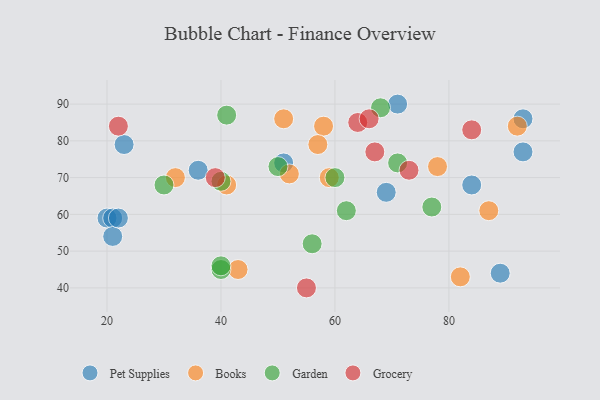
{"axis": {"x": "GDP", "y": "Life Expectancy"}, "legend": ["Books", "Garden", "Grocery", "Pet Supplies"], "data": [{"x": "23", "y": 79, "type": "Pet Supplies"}, {"x": "20", "y": 59, "type": "Pet Supplies"}, {"x": "71", "y": 90, "type": "Pet Supplies"}, {"x": "69", "y": 66, "type": "Pet Supplies"}, {"x": "89", "y": 44, "type": "Pet Supplies"}, {"x": "21", "y": 59, "type": "Pet Supplies"}, {"x": "51", "y": 74, "type": "Pet Supplies"}, {"x": "84", "y": 68, "type": "Pet Supplies"}, {"x": "21", "y": 54, "type": "Pet Supplies"}, {"x": "93", "y": 86, "type": "Pet Supplies"}, {"x": "93", "y": 77, "type": "Pet Supplies"}, {"x": "22", "y": 59, "type": "Pet Supplies"}, {"x": "36", "y": 72, "type": "Pet Supplies"}, {"x": "52", "y": 71, "type": "Books"}, {"x": "41", "y": 68, "type": "Books"}, {"x": "82", "y": 43, "type": "Books"}, {"x": "78", "y": 73, "type": "Books"}, {"x": "58", "y": 84, "type": "Books"}, {"x": "32", "y": 70, "type": "Books"}, {"x": "92", "y": 84, "type": "Books"}, {"x": "87", "y": 61, "type": "Books"}, {"x": "51", "y": 86, "type": "Books"}, {"x": "43", "y": 45, "type": "Books"}, {"x": "59", "y": 70, "type": "Books"}, {"x": "57", "y": 79, "type": "Books"}, {"x": "40", "y": 45, "type": "Garden"}, {"x": "40", "y": 46, "type": "Garden"}, {"x": "41", "y": 87, "type": "Garden"}, {"x": "68", "y": 89, "type": "Garden"}, {"x": "56", "y": 52, "type": "Garden"}, {"x": "60", "y": 70, "type": "Garden"}, {"x": "62", "y": 61, "type": "Garden"}, {"x": "40", "y": 69, "type": "Garden"}, {"x": "30", "y": 68, "type": "Garden"}, {"x": "50", "y": 73, "type": "Garden"}, {"x": "71", "y": 74, "type": "Garden"}, {"x": "77", "y": 62, "type": "Garden"}, {"x": "84", "y": 83, "type": "Grocery"}, {"x": "73", "y": 72, "type": "Grocery"}, {"x": "64", "y": 85, "type": "Grocery"}, {"x": "22", "y": 84, "type": "Grocery"}, {"x": "67", "y": 77, "type": "Grocery"}, {"x": "55", "y": 40, "type": "Grocery"}, {"x": "66", "y": 86, "type": "Grocery"}, {"x": "39", "y": 70, "type": "Grocery"}]}